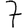
Digit: 7